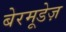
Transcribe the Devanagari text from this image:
बेरमूडेज़